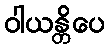
ဝါယန္တိပေ